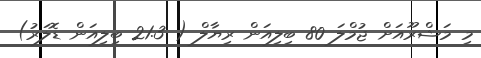
މި މަޝްރޫއަށް ޖުމްލަ 80 ބިލިއަން ރިޔާލް ( 21.3 ބިލިއަން ޑޮލަރު)